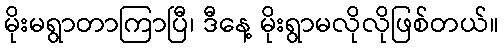
မိုးမရွာတာကြာပြီ၊ ဒီနေ့ မိုးရွာမလိုလိုဖြစ်တယ်။